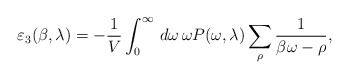
\begin{align*}\varepsilon_{3}(\beta,\lambda)=-\frac{1}{V}\int_{0}^{\infty}\,d\omega\,\omega P(\omega,\lambda)\sum_{\rho}\frac{1}{\beta\omega-\rho},\end{align*}